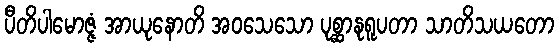
ပီတိပါမောဇ္ဇံ အာယုနောတိ အဝသေသော ပုစ္ဆာနုရူပတာ သာတိသယတော